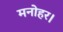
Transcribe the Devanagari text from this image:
मनोहर।